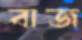
বাজ